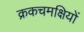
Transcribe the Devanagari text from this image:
क्रकचमक्षियों